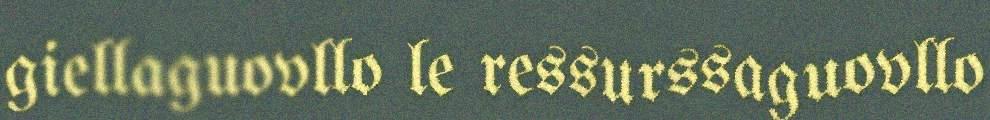
giellaguovllo le ressurssaguovllo